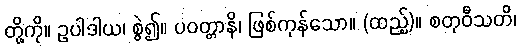
တို့ကို။ ဥပါဒါယ၊ စွဲ၍။ ပဝတ္တာနိ၊ ဖြစ်ကုန်သော။ (ထည့်)။ စတုဝီသတိ၊